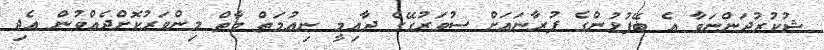
ޝުކުރުދަންނަވާ އެ ބޭފުޅުންގެ ފުރާނައަށް ސުވަރުގޭގެ ދާއިމީ ނިޢުމަތް މާތް މިންވަރުކޮށްދެއްވުން އެދި